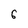
Character: 6